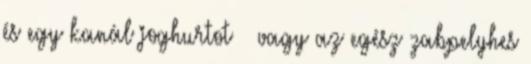
és egy kanál joghurtot – vagy az egész zabpelyhes